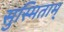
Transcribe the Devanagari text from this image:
सुस्मिताम्